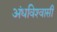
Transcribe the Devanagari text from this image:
अंधविश्‍वासी